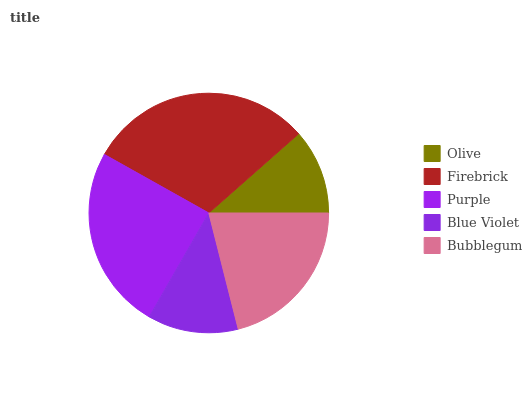
| Olive | Firebrick | Purple | Blue Violet | Bubblegum |
 | --- | --- | --- | --- | --- |
 | 11.5% | 30.4% | 24.8% | 12.2% | 21% |